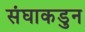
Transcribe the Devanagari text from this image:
संघाकडुन